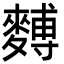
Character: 𪍡